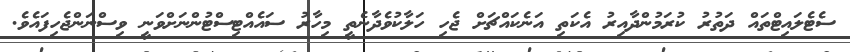
ސެޓެލައިޓްތައް ދަތުރު ކުރަމުންދާއިރު އެކަތި އަނެކައްޗަށް ޖެހި ހަލާކުވެދާނެތީ މިހާރު ސައެއްޓިސްޓުންނަށްވަނީ ވިސްނަންޖެހިފައެވެ.